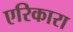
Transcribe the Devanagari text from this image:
एरिकारा